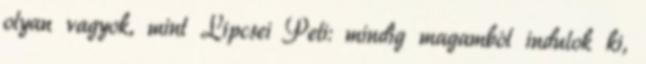
olyan vagyok, mint Lipcsei Peti: mindig magamból indulok ki,